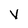
Character: v